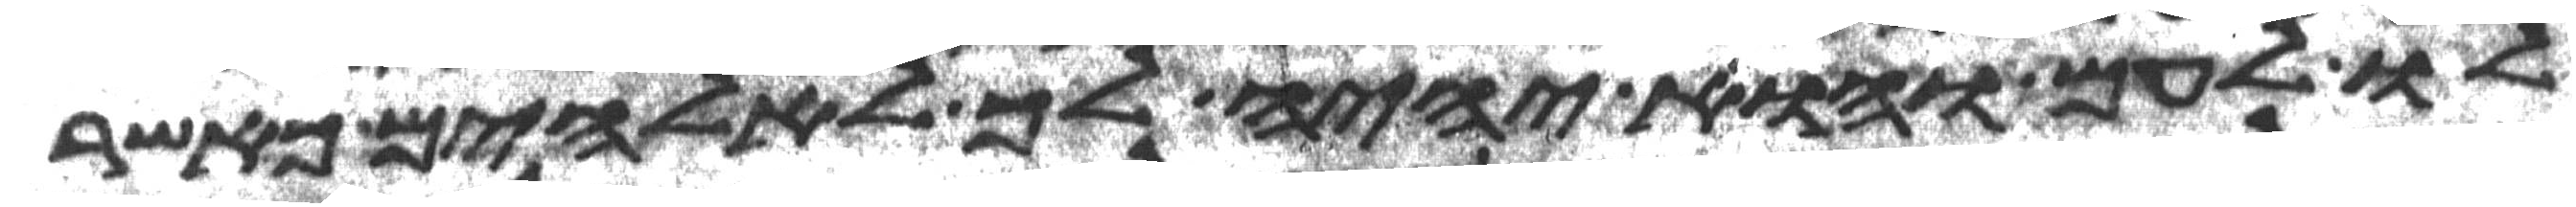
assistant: לו לעם והוא יהיה לך לאלהים כאשר